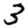
Digit: 3